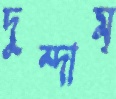
দুম্‌দাম্‌